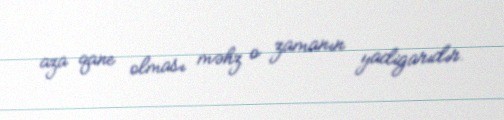
aza qane olması məhz o zamanın yadigarıdır.